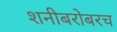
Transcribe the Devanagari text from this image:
शनीबरोबरच